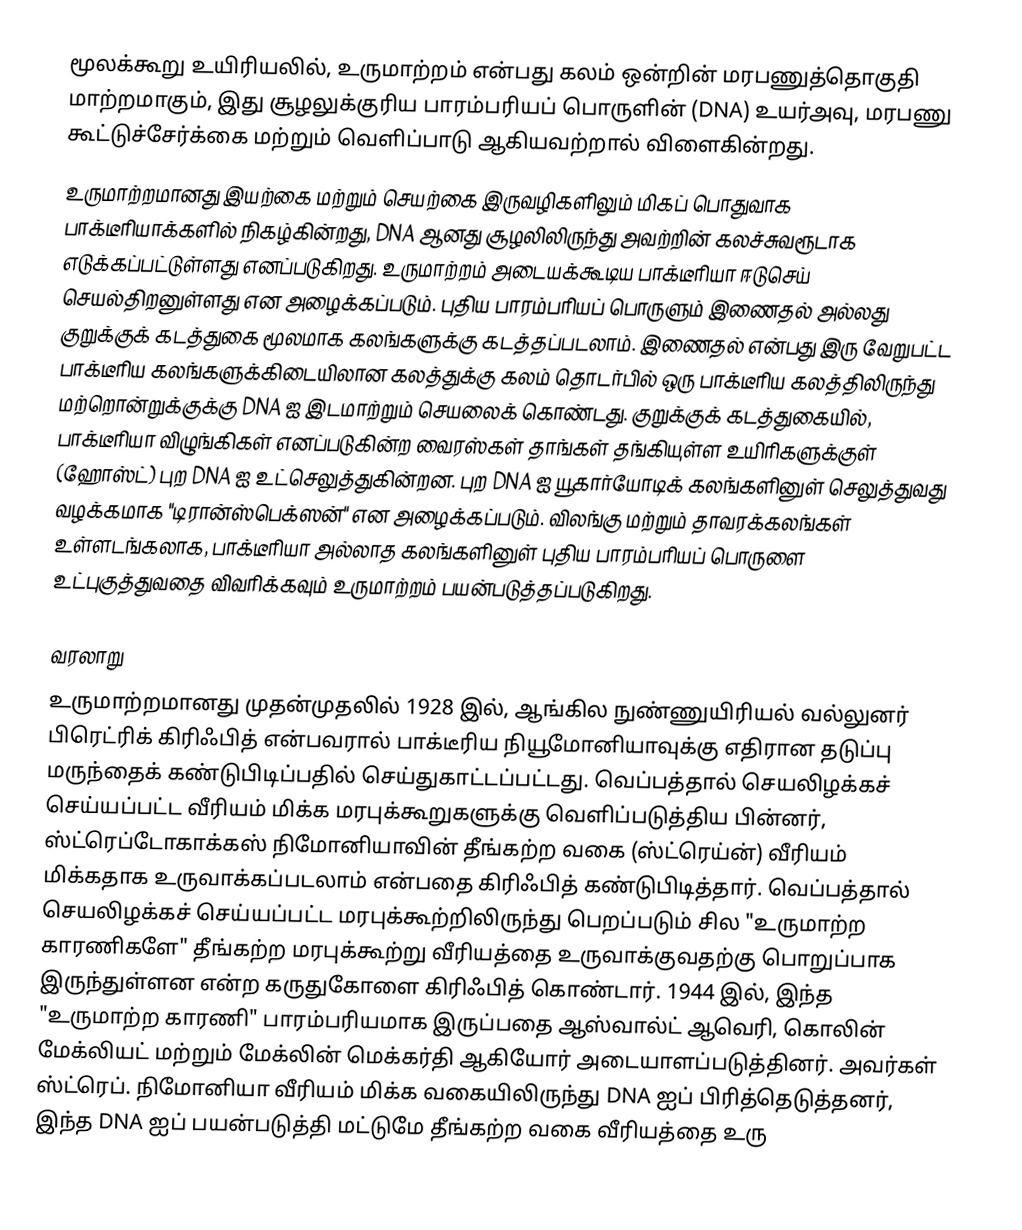
மூலக்கூறு உயிரியலில், உருமாற்றம்  என்பது கலம் ஒன்றின் மரபணுத்தொகுதி மாற்றமாகும், இது சூழலுக்குரிய பாரம்பரியப் பொருளின் (DNA) உயர்அவு, மரபணு கூட்டுச்சேர்க்கை மற்றும் வெளிப்பாடு ஆகியவற்றால் விளைகின்றது.
உருமாற்றமானது இயற்கை மற்றும் செயற்கை இருவழிகளிலும் மிகப் பொதுவாக பாக்டீரியாக்களில் நிகழ்கின்றது, DNA ஆனது சூழலிலிருந்து அவற்றின் கலச்சுவரூடாக எடுக்கப்பட்டுள்ளது எனப்படுகிறது. உருமாற்றம் அடையக்கூடிய பாக்டீரியா ஈடுசெய் செயல்திறனுள்ளது என அழைக்கப்படும். புதிய பாரம்பரியப் பொருளும் இணைதல் அல்லது குறுக்குக் கடத்துகை மூலமாக கலங்களுக்கு கடத்தப்படலாம். இணைதல் என்பது இரு வேறுபட்ட பாக்டீரிய கலங்களுக்கிடையிலான கலத்துக்கு கலம் தொடர்பில் ஒரு பாக்டீரிய கலத்திலிருந்து மற்றொன்றுக்குக்கு DNA ஐ இடமாற்றும் செயலைக் கொண்டது. குறுக்குக் கடத்துகையில், பாக்டீரியா விழுங்கிகள் எனப்படுகின்ற வைரஸ்கள் தாங்கள் தங்கியுள்ள உயிரிகளுக்குள் (ஹோஸ்ட்) புற DNA ஐ உட்செலுத்துகின்றன. புற DNA ஐ யூகார்யோடிக் கலங்களினுள் செலுத்துவது வழக்கமாக "டிரான்ஸ்பெக்ஸன்" என அழைக்கப்படும். விலங்கு மற்றும் தாவரக்கலங்கள் உள்ளடங்கலாக, பாக்டீரியா அல்லாத கலங்களினுள் புதிய பாரம்பரியப் பொருளை உட்புகுத்துவதை விவரிக்கவும் உருமாற்றம் பயன்படுத்தப்படுகிறது.

வரலாறு
உருமாற்றமானது முதன்முதலில் 1928 இல், ஆங்கில நுண்ணுயிரியல் வல்லுனர் பிரெட்ரிக் கிரிஃபித் என்பவரால் பாக்டீரிய நியூமோனியாவுக்கு எதிரான தடுப்பு மருந்தைக் கண்டுபிடிப்பதில் செய்துகாட்டப்பட்டது.  வெப்பத்தால் செயலிழக்கச் செய்யப்பட்ட வீரியம் மிக்க மரபுக்கூறுகளுக்கு வெளிப்படுத்திய பின்னர், ஸ்ட்ரெப்டோகாக்கஸ் நிமோனியாவின்  தீங்கற்ற வகை (ஸ்ட்ரெய்ன்) வீரியம் மிக்கதாக உருவாக்கப்படலாம் என்பதை கிரிஃபித் கண்டுபிடித்தார். வெப்பத்தால் செயலிழக்கச் செய்யப்பட்ட மரபுக்கூற்றிலிருந்து பெறப்படும் சில "உருமாற்ற காரணிகளே" தீங்கற்ற மரபுக்கூற்று வீரியத்தை உருவாக்குவதற்கு பொறுப்பாக இருந்துள்ளன என்ற கருதுகோளை கிரிஃபித் கொண்டார். 1944 இல், இந்த "உருமாற்ற காரணி" பாரம்பரியமாக இருப்பதை ஆஸ்வால்ட் ஆவெரி, கொலின் மேக்லியட் மற்றும் மேக்லின் மெக்கர்தி ஆகியோர் அடையாளப்படுத்தினர். அவர்கள் ஸ்ட்ரெப். நிமோனியா  வீரியம் மிக்க வகையிலிருந்து DNA ஐப் பிரித்தெடுத்தனர், இந்த DNA ஐப் பயன்படுத்தி மட்டுமே தீங்கற்ற வகை வீரியத்தை உரு